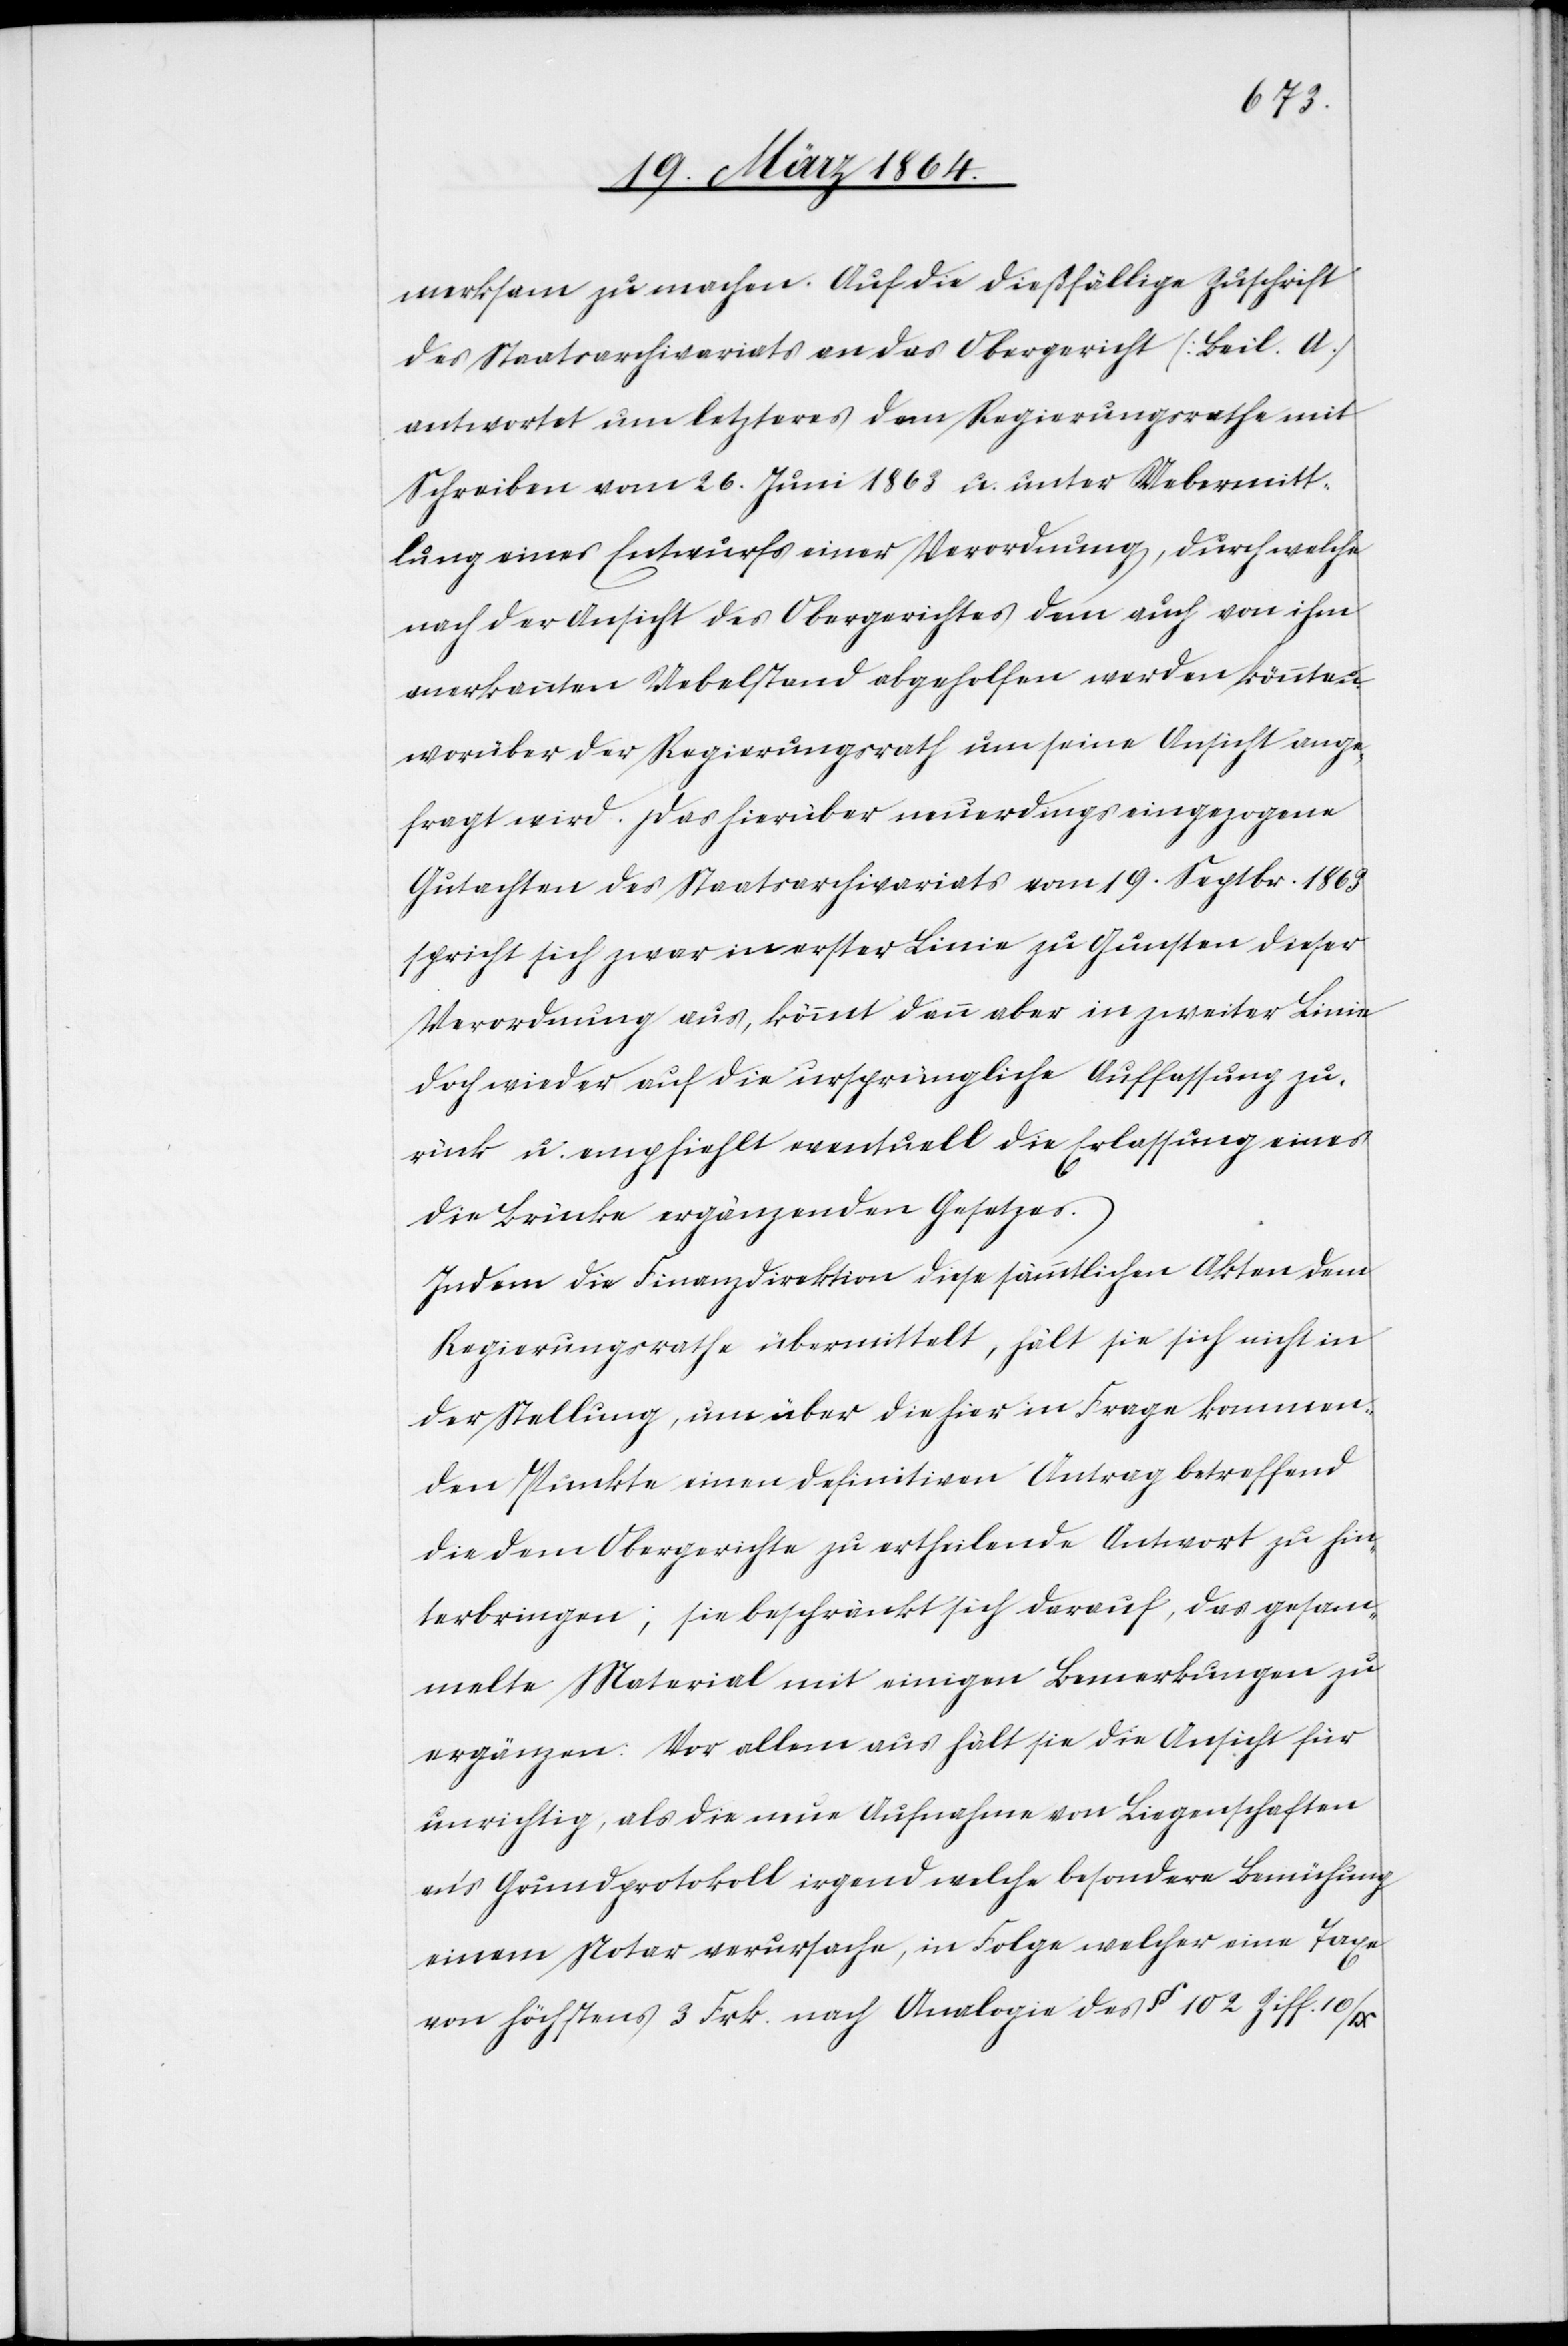
merksam zu machen. Auf die dießfällige Zuschrift
des Staatsarchivariats an das Obergericht [Beil. A.]
antwortet um [sic!] letzteres dem Regierungsrathe mit
Schreiben vom 26. Juni 1863 u. unter Uebermitt¬
lung eines Entwurfs einer Verordnung, durch welche
nach der Ansicht des Obergerichtes dem auch von ihm
anerkannten Uebelstand abgeholfen werden könnte u.
worüber der Regierungsrath nun um seine Ansicht ange¬
fragt wird. Das hierüber neuerdings eingezogene
Gutachten des Staatsarchivariats vom 19. Septbr. 1863
spricht sich zwar in erster Linie zu Gunsten dieser
Verordnung aus, kömmt dann aber in zweiter Linie
doch wieder auf die ursprüngliche Auffassung zu¬
rück u. empfiehlt eventuell die Erlassung eines
die Brücke ergänzenden Gesetzes.
Indem die Finanzdirektion diese sämmtlichen Akten dem
Regierungsrathe übermittelt, hält sie sich nicht in
der Stellung, um über die hier in Frage kommen¬
den Punkte einen definitiven Antrag betreffend
die dem Obergerichte zu ertheilende Antwort zu hin¬
terbringen; sie beschränkt sich darauf, das gesam¬
melte Material mit einigen Bemerkungen zu
ergänzen. Vor allem aus hält sie die Ansicht für
unrichtig, als die neue Aufnahme von Liegenschaften
an’s Grundprotokoll irgend welche besondere Bemühung
einem Notar verursache, in Folge welcher eine Taxe
von höchstens 3 Frk. nach Analogie des § 102 Ziff. 10